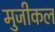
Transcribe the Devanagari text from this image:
मुजीकल